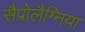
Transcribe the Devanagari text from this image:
सैप्रोलैग्निया